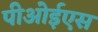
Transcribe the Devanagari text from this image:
पीओईएस